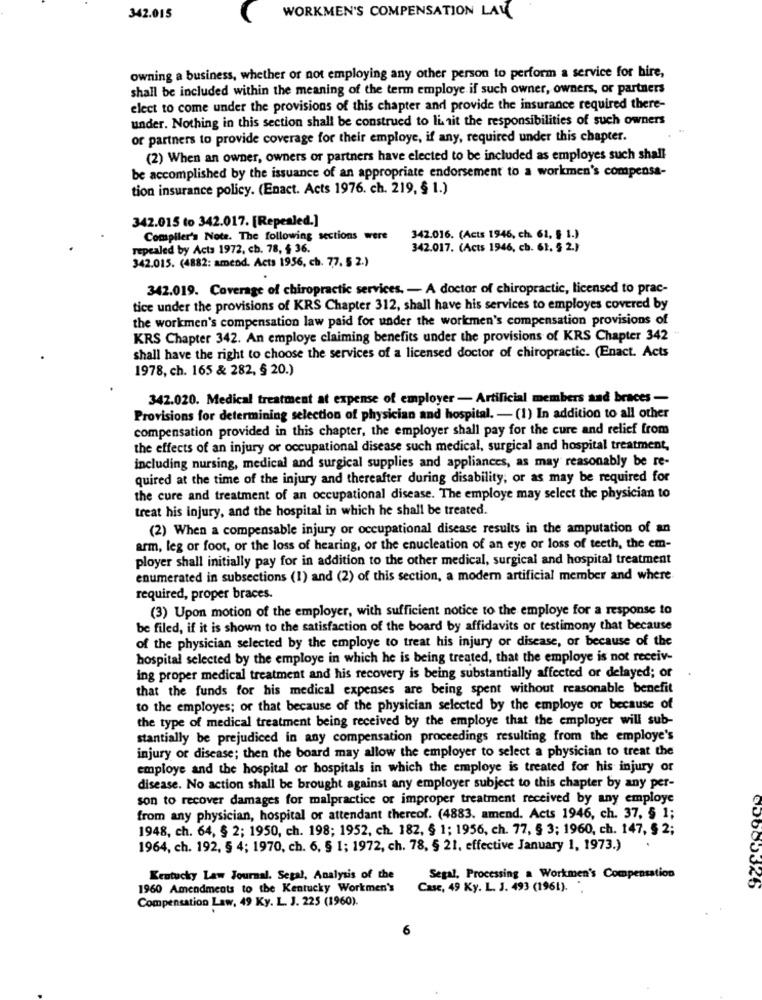
342.015
WORKMEN'S COMPENSATION LAY
owning a business, whether or not employing any other person to perform a service for hire,
shall be included within the meaning of the term employe if such owner, owners, or partners
elect to come under the provisions of this chapter and provide the insurance required there-
under. Nothing in this section shall be construed to li ait the responsibilities of such owners
or partners to provide coverage for their employe, if any, required under this chapter.
(2) When an owner, owners or partners have elected to be included as employes such shall
be accomplished by the issuance of an appropriate endorsement to a workmen's compensa-
tion insurance policy. (Enact. Acts 1976. ch. 219, § 1.)
342.015 to 342.017. [Repealed.]
Compiler's Note. The following sections were
342.016. (Acts 1946, ch. 61, § 1.)
repealed by Acts 1972. ch. 78, $ 36.
342.017. (Acts 1946, ch. 61. 5 2.)
342.015. (4882: amend. Acts 1956, ch. 77. 5 2.)
342.019. Coverage of chiropractic services, - A doctor of chiropractic, licensed to prac-
tice under the provisions of KRS Chapter 312, shall have his services to employes covered by
the workmen's compensation law paid for under the workmen's compensation provisions of
KRS Chapter 342. An employe claiming benefits under the provisions of KRS Chapter 342 "
shall have the right to choose the services of a licensed doctor of chiropractic. (Enact. Acts
1978, ch. 165 & 282, § 20.)
342.020. Medical treatment at expense of employer - Artificial members and braces -
Provisions for determining selection of physician and hospital. - (1) In addition to all other
compensation provided in this chapter, the employer shall pay for the cure and relief from
the effects of an injury or occupational disease such medical, surgical and hospital treatment,
including nursing, medical and surgical supplies and appliances, as may reasonably be re-
quired at the time of the injury and thereafter during disability, or as may be required for
the cure and treatment of an occupational disease. The employe may select the physician to
treat his injury, and the hospital in which he shall be treated.
(2) When a compensable injury or occupational disease results in the amputation of an
arm, leg or foot, or the loss of hearing, or the enucleation of an eye or loss of teeth, the em-
ployer shall initially pay for in addition to the other medical, surgical and hospital treatment
enumerated in subsections (1) and (2) of this section, a modern artificial member and where
required, proper braces.
(3) Upon motion of the employer, with sufficient notice to the employe for a response to
be filed, if it is shown to the satisfaction of the board by affidavits or testimony that because
of the physician selected by the employe to treat his injury or disease, or because of the
hospital selected by the employe in which he is being treated, that the employe is not receiv-
ing proper medical treatment and his recovery is being substantially affected or delayed; of
.
that the funds for his medical expenses are being spent without reasonable benefit
to the employes; or that because of the physician selected by the employe or because of
the type of medical treatment being received by the employe that the employer will sub-
stantially be prejudiced in any compensation proceedings resulting from the employe's
injury or disease; then the board may allow the employer to select a physician to treat the
employe and the hospital or hospitals in which the employe is treated for his injury or
disease. No action shall be brought against any employer subject to this chapter by any per-
son to recover damages for malpractice or improper treatment received by any employe
from any physician, hospital or attendant thereof. (4883. amend. Acts 1946, ch. 37, § 1;
1948, ch. 64, § 2; 1950, ch. 198; 1952, ch. 182, § 1; 1956, ch. 77, § 3; 1960, ch. 147, § 2;
1964, ch. 192, § 4; 1970, ch. 6, § 1; 1972, ch. 78, § 21, effective January 1, 1973.)
Kentucky Law Journal. Segal, Analysis of the
Segal, Processing a Workmen's Compensation
1960 Amendments to the Kentucky Workmen's
Case, 49 Ky. L. J. 493 (1961).
Compensation Law, 49 Ky. L. J. 225 (1960).